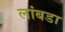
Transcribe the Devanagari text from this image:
लांबडा